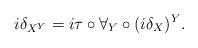
LaTeX: \begin{align*} i\delta_{X^Y} = i \tau \mathbin{\circ} \forall_Y \mathbin{\circ} (i\delta_X)^Y.\end{align*}